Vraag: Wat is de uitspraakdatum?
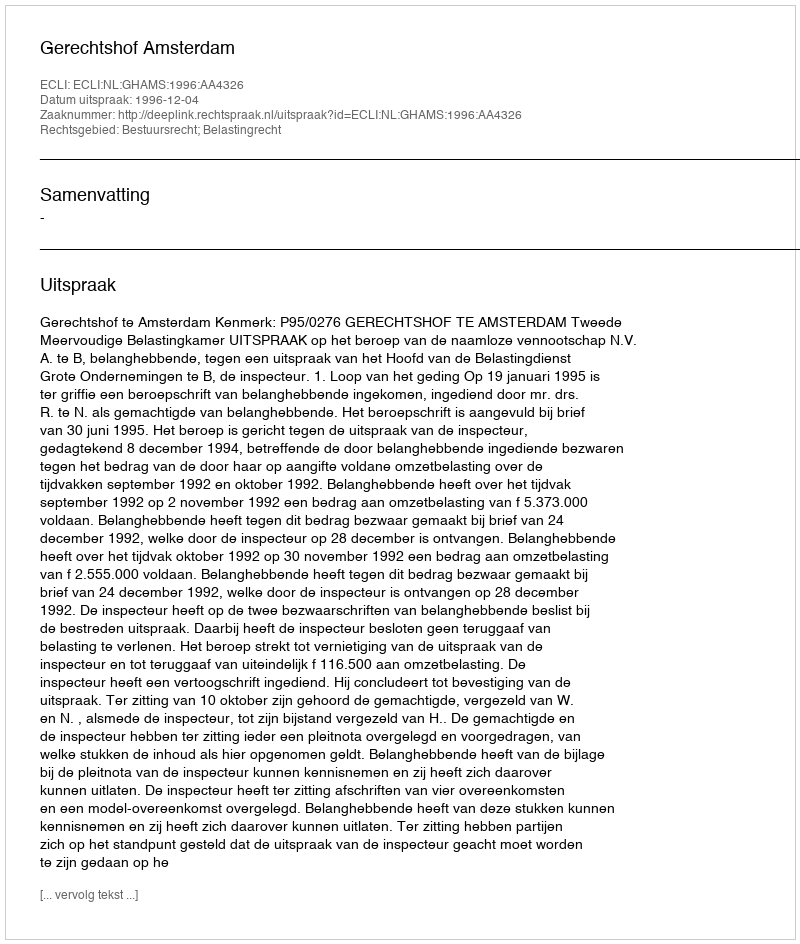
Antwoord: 1996-12-04